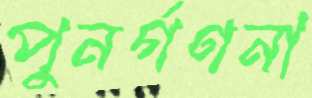
পুনর্গণনা